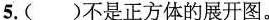
5.()不是正方体的展开图。